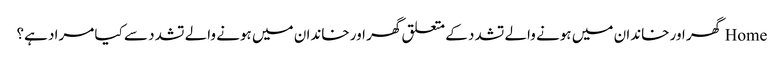
Home گھر اور خاندان میں ہونے والے تشدد کے متعلق گھر اور خاندان میں ہونے والے تشدد سے کیا مراد ہے؟